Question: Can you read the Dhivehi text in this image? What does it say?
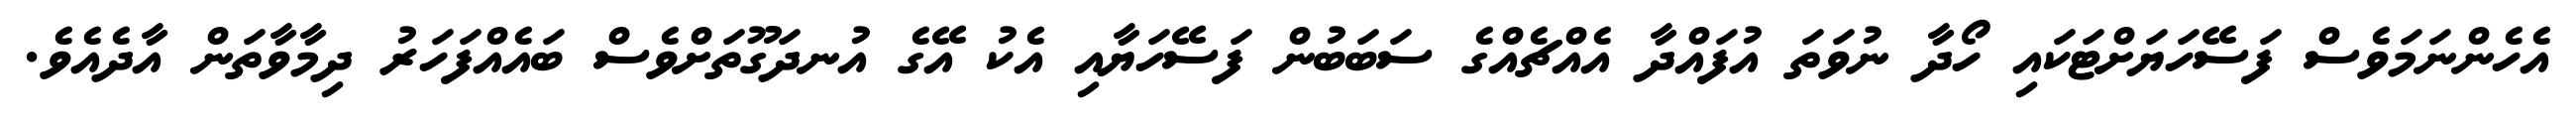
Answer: އެހެންނަމަވެސް ފަސޭހަޔަށްޓަކައި ހޯދާ ނުވަތަ އުފައްދާ އެއްޗެއްގެ ސަބަބުން ފަސޭހަޔާއި އެކު އޭގެ އުނދަގޫތަށްވެސް ބައެއްފަހަރު ދިމާވާތަން އާދެއެވެ.